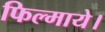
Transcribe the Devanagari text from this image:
फिल्माये।